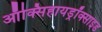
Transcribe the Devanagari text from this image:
ऑक्सिहायड्रॉक्साइड